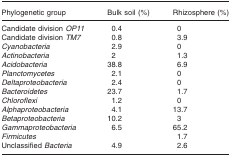
<table><thead><tr><td><b>Phylogenetic group</b></td><td><b>Bulk soil (%)</b></td><td><b>Rhizosphere (%)</b></td></tr></thead><tbody><tr><td>Candidate division <i>OP11</i></td><td>0.4</td><td>0</td></tr><tr><td>Candidate division <i>TM7</i></td><td>0.8</td><td>3.9</td></tr><tr><td><i>Cyanobacteria</i></td><td>2.9</td><td>0</td></tr><tr><td><i>Actinobacteria</i></td><td>2</td><td>1.3</td></tr><tr><td><i>Acidobacteria</i></td><td>38.8</td><td>6.9</td></tr><tr><td><i>Planctomycetes</i></td><td>2.1</td><td>0</td></tr><tr><td><i>Deltaproteobacteria</i></td><td>2.4</td><td>0</td></tr><tr><td><i>Bacteroidetes</i></td><td>23.7</td><td>1.7</td></tr><tr><td><i>Chloroflexi</i></td><td>1.2</td><td>0</td></tr><tr><td><i>Alphaproteobacteria</i></td><td>4.1</td><td>13.7</td></tr><tr><td><i>Betaproteobacteria</i></td><td>10.2</td><td>3</td></tr><tr><td><i>Gammaproteobacteria</i></td><td>6.5</td><td>65.2</td></tr><tr><td><i>Firmicutes</i></td><td></td><td>1.7</td></tr><tr><td>Unclassified <i>Bacteria</i></td><td>4.9</td><td>2.6</td></tr></tbody></table>